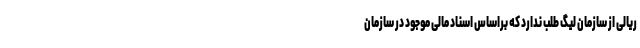
ریالی از سازمان لیگ طلب ندارد که براساس اسناد مالی موجود در سازمان